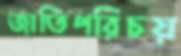
জাতিপরিচয়